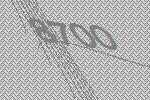
8700